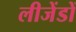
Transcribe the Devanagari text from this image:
लीजेंडों